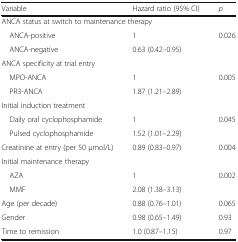
<table><thead><tr><td><b>Variable</b></td><td><b>Hazard ratio (95% CI)</b></td><td><b><i>p</i></b></td></tr></thead><tbody><tr><td colspan="3">ANCA status at switch to maintenance therapy</td></tr><tr><td> ANCA-positive</td><td>1</td><td rowspan="2">0.026</td></tr><tr><td> ANCA-negative</td><td>0.63 (0.42–0.95)</td></tr><tr><td colspan="3">ANCA specificity at trial entry</td></tr><tr><td> MPO-ANCA</td><td>1</td><td rowspan="2">0.005</td></tr><tr><td> PR3-ANCA</td><td>1.87 (1.21–2.89)</td></tr><tr><td colspan="3">Initial induction treatment</td></tr><tr><td> Daily oral cyclophosphamide</td><td>1</td><td rowspan="2">0.045</td></tr><tr><td> Pulsed cyclophosphamide</td><td>1.52 (1.01–2.29)</td></tr><tr><td>Creatinine at entry (per 50 μmol/L)</td><td>0.89 (0.83–0.97)</td><td>0.004</td></tr><tr><td colspan="3">Initial maintenance therapy</td></tr><tr><td> AZA</td><td>1</td><td rowspan="2">0.002</td></tr><tr><td> MMF</td><td>2.08 (1.38–3.13)</td></tr><tr><td>Age (per decade)</td><td>0.88 (0.76–1.01)</td><td>0.065</td></tr><tr><td>Gender</td><td>0.98 (0.65–1.49)</td><td>0.93</td></tr><tr><td>Time to remission</td><td>1.0 (0.87–1.15)</td><td>0.97</td></tr></tbody></table>